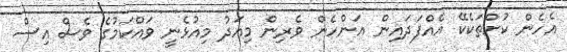
އެހެން ކުށްތަކެކޭ އެއްފަދައިން އަންހެން ވެރިން މިއަދު މިއުޅެނީ ވައްކަމުގެ ވެސް އިސް